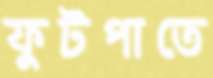
ফুটপাতে